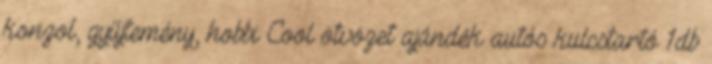
konzol, gyűjtemény, hobbi Cool ötvözet ajándék autós kulcstartó 1db